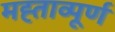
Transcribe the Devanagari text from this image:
मह्ताव्पूर्ण